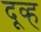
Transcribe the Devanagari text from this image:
दूव्ह